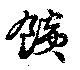
餤